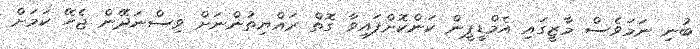
ބުނި ނަމަވެސް މާޒީގައި އެމްޑީޕީން ކަންކޮށްފައިވާ ގޮތް ރައްޔިތުންނަށް ވިސްނަދޭން ޖެހޭ ކަމަށް